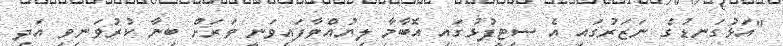
"އަޅުގަނޑުގެ ނަޒަރުގައި އެ ސިޓީފުޅުގައި އޮބާމާ ލިޔުއްވާފައިވަނީ ވަރަށް ބިނާ ކުރުވަނިވި އަދި